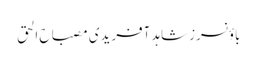
باؤنسرز شاہد آفریدی مصباح الحق